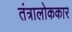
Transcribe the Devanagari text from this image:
तंत्रालोककार